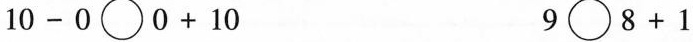
10-0\bigcirc0+10 9\bigcirc8+1